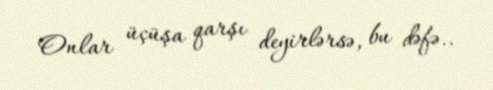
Onlar üçüşa qarşı deyirlərsə, bu dəfə..